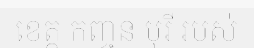
ខេត្ត កញ្ចន បុរី របស់